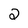
Character: 2